Indian journal of veterinary science and animal husbandry - Volumes 18-21, 1948-1951
Year: 1948
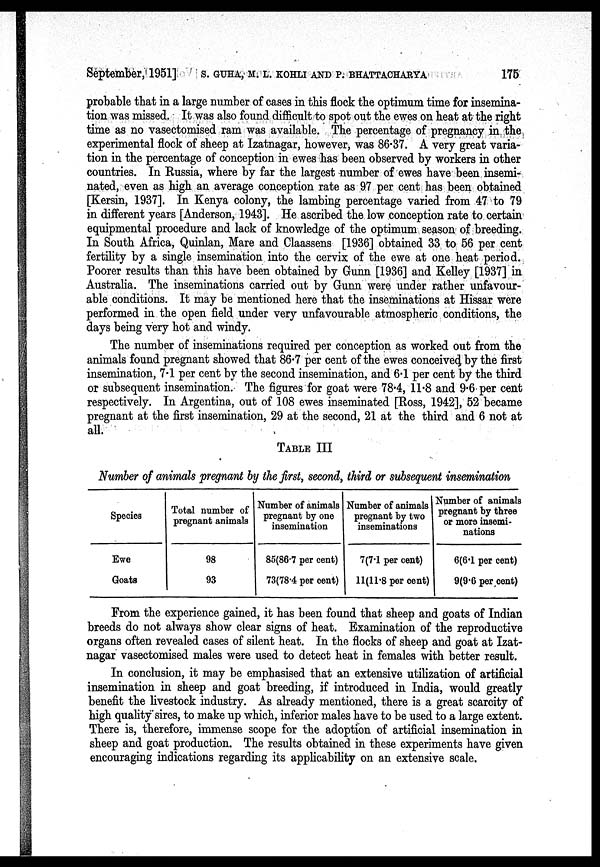
September, 1951] S. GUHA, M. L. KOHLI AND P. BHATTACHARYA 175
probable that in a large number of cases in this flock the optimum time for insemina-
tion was missed. It was also found difficult to spot out the ewes on heat at the right
time as no vasectomised ram was available. The percentage of pregnancy in the
experimental flock of sheep at Izatnagar, however, was 86.37. A very great varia-
tion in the percentage of conception in ewes has been observed by workers in other
countries. In Russia, where by far the largest number of ewes have been insemi-
nated, even as high an average conception rate as 97 per cent has been obtained
[Kersin, 1937]. In Kenya colony, the lambing percentage varied from 47 to 79
in different years [Anderson, 1943]. He ascribed the low conception rate to certain
equipmental procedure and lack of knowledge of the optimum season of breeding.
In South Africa, Quinlan, Mare and Claassens [1936] obtained 33 to 56 per cent
fertility by a single insemination into the cervix of the ewe at one heat period.
Poorer results than this have been obtained by Gunn [1936] and Kelley [1937] in
Australia. The inseminations carried out by Gunn were under rather unfavour-
able conditions. It may be mentioned here that the inseminations at Hissar were
performed in the open field under very unfavourable atmospheric conditions, the
days being very hot and windy.
The number of inseminations required per conception as worked out from the
animals found pregnant showed that 86.7 per cent of the ewes conceived by the first
insemination, 7.1 per cent by the second insemination, and 6.1 per cent by the third
or subsequent insemination. The figures for goat were 78.4, 11.8 and 9.6 per cent
respectively. In Argentina, out of 108 ewes inseminated [Ross, 1942], 52 became
pregnant at the first insemination, 29 at the second, 21 at the third and 6 not at
all.
TABLE III
Number of animals pregnant by the first, second, third or subsequent insemination
Species
Ewe
Goats
Total number of
pregnant animals
98
93
Number of animals
pregnant by one
insemination
85(86.7 per cent)
73(78.4 per cent)
Number of animals
pregnant by two
inseminations
7(7.1 per cent)
11(11.8 per cent)
Number of animals
pregnant by three
or more insemi-
nations
6(6.1 per cent)
9(9.6 per cent)
From the experience gained, it has been found that sheep and goats of Indian
breeds do not always show clear signs of heat. Examination of the reproductive
organs often revealed cases of silent heat. In the flocks of sheep and goat at Izat-
nagar vasectomised males were used to detect heat in females with better result.
In conclusion, it may be emphasised that an extensive utilization of artificial
insemination in sheep and goat breeding, if introduced in India, would greatly
benefit the livestock industry. As already mentioned, there is a great scarcity of
high quality sires, to make up which, inferior males have to be used to a large extent.
There is, therefore, immense scope for the adoption of artificial insemination in
sheep and goat production. The results obtained in these experiments have given
encouraging indications regarding its applicability on an extensive scale.